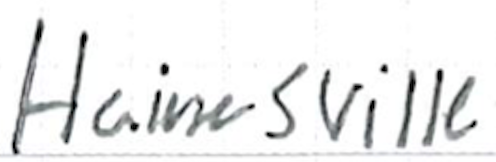
Text: Hainesville
Cross-out: clean
Writing tool: ballpoint